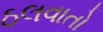
ઠલવાતો